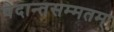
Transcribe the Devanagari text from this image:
वेदान्तसम्मतम्